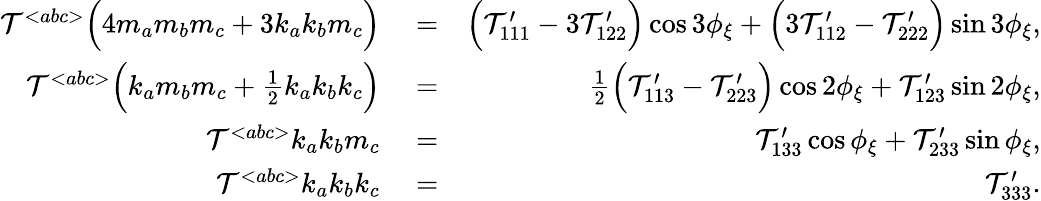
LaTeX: \begin{array}{rlr}{{\cal T}{}^{<abc>}\Big(4m_{a}m_{b}m_{c}+3k_{a}k_{b}m_{c}\Big)}&{{}=}&{\Big({\cal T}_{111}^{\prime}-3{\cal T}_{122}^{\prime}\Big)\cos 3\phi_{\xi}+\Big(3{\cal T}_{112}^{\prime}-{\cal T}_{222}^{\prime}\Big)\sin 3\phi_{\xi},}\\ {{\cal T}{}^{<abc>}\Big(k_{a}m_{b}m_{c}+{\textstyle\frac{1}{2}}k_{a}k_{b}k_{c}\Big)}&{{}=}&{{\textstyle\frac{1}{2}}\Big({\cal T}_{113}^{\prime}-{\cal T}_{223}^{\prime}\Big)\cos 2\phi_{\xi}+{\cal T}_{123}^{\prime}\sin 2\phi_{\xi},}\\ {{\cal T}{}^{<abc>}k_{a}k_{b}m_{c}}&{{}=}&{{\cal T}_{133}^{\prime}\cos\phi_{\xi}+{\cal T}_{233}^{\prime}\sin\phi_{\xi},}\\ {{\cal T}{}^{<abc>}k_{a}k_{b}k_{c}}&{{}=}&{{\cal T}_{333}^{\prime}.}\end{array}